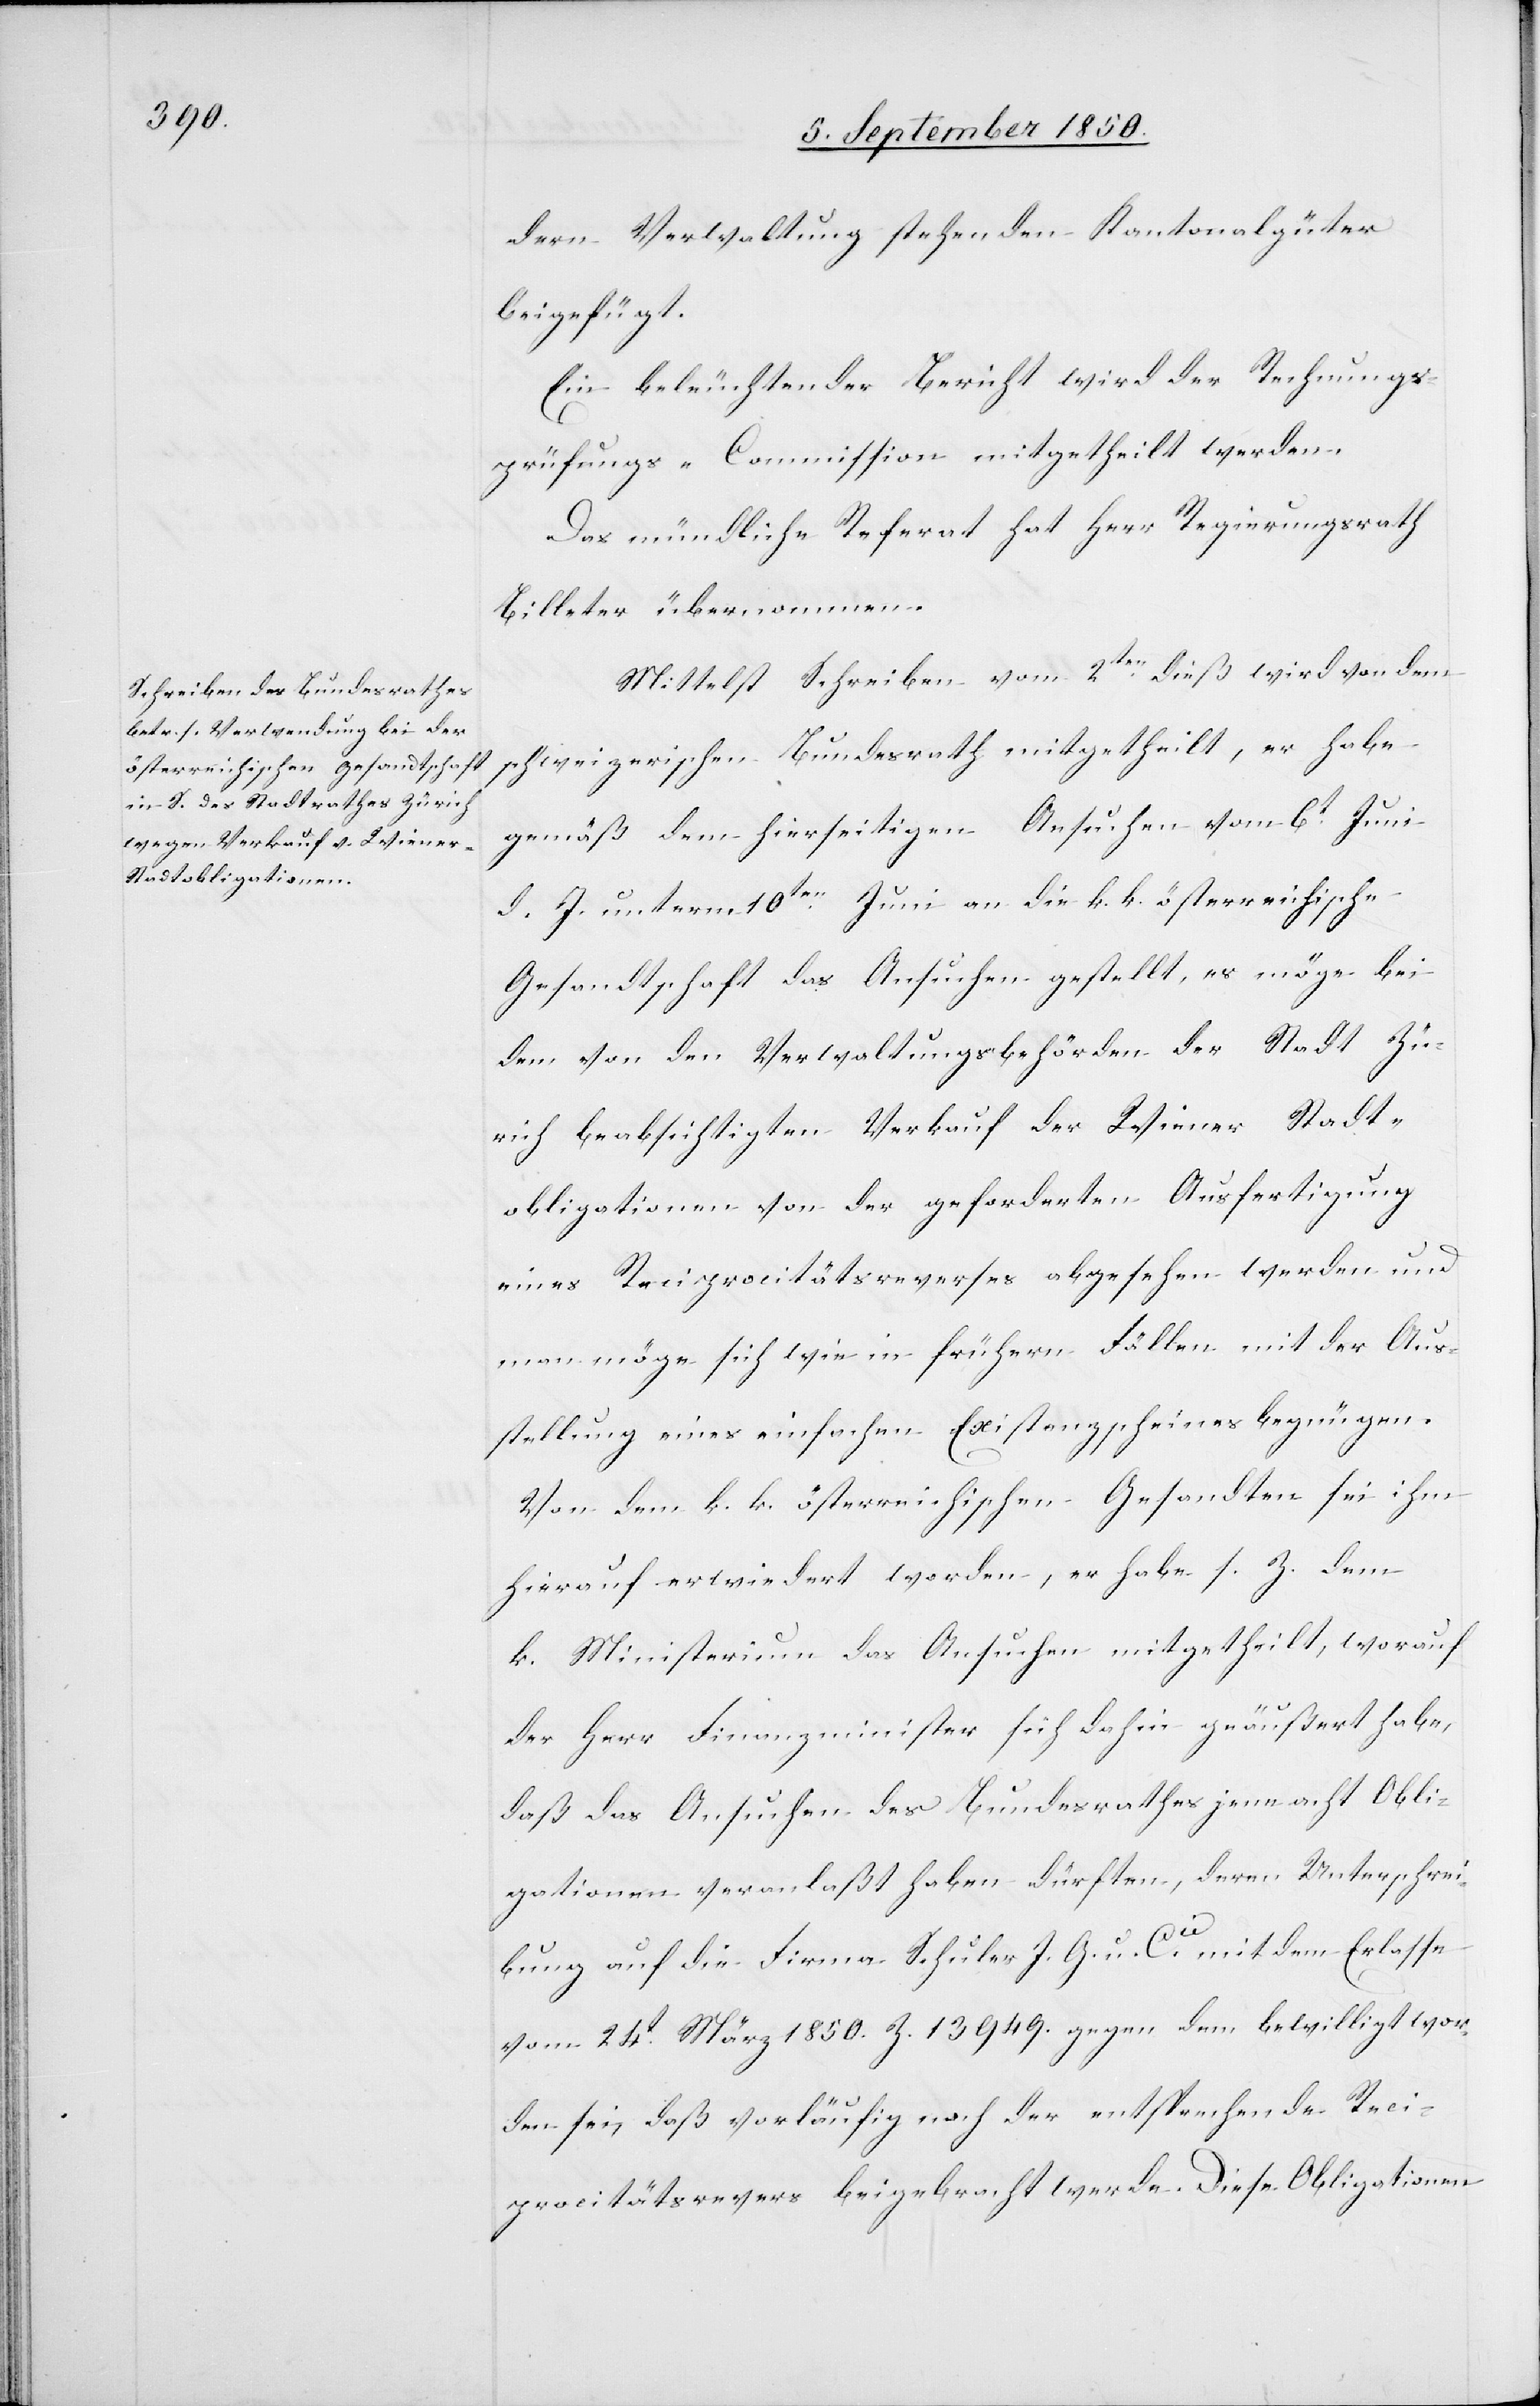
[sic!] Verwaltung stehenden Kantonalgüter
beigefügt.
Ein beleuchtender Bericht wird der Rechnungs¬
prüfungs-Commission mitgetheilt werden.
Das mündliche Referat hat Herr Regierungsrath
Billeter übernommen.
Mittelst Schreiben vom 2ten dieß wird von dem
gemäß dem hierseitigen Ansuchen vom 6t Juni
d. J. unterm 10ten Juni an die k. k. österreichische
Gesandtschaft das Ansuchen gestellt, es möge bei
dem von den Verwaltungsbehörden der Stadt Zü¬
rich beabsichtigten Verkauf der Wiener Stadt¬
obligationen von der geforderten Ausfertigung
eines Reciprocitätsreverses abgesehen werden und
man möge sich wie in frühern Fällen mit der Aus¬
stellung eines einfachen Existenzscheines begnügen.
Von dem k. k. österreichischen Gesandten sei ihm
hierauf erwiedert worden, er habe s. Z. dem
k. Ministerium das Ansuchen mitgetheilt, worauf
der Herr Finanzminister sich dahin geäußert habe,
daß das Ansuchen des Bundesrathes jene acht Obli¬
gationen veranlaßt haben dürften, deren Unterschrei¬
bung auf die Firma Schuler J. G. u. C. mit dem Erlasse
vom 24t März 1850. Z. 13 949. gegen dem bewilligt wor¬
den sei, daß vorläufig noch der entsprechende Reci¬
procitätsrevers beigebracht werde. Diese Obligationen